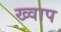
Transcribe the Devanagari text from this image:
ख्वाप